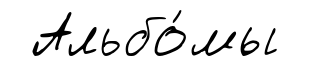
Альбо́мы